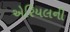
એરિયલની